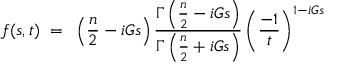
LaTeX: f ( s , t ) ~ = ~ \left( \frac { n } { 2 } - i G s \right) \frac { \Gamma \left( \frac { n } { 2 } - i G s \right) } { \Gamma \left( \frac { n } { 2 } + i G s \right) } \left( \frac { - 1 } { t } \right) ^ { 1 - i G s }